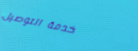
خدمة التوصيل